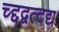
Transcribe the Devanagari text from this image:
च्द्दद्वत्दद्य